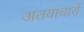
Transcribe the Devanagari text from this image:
अतयाचारों